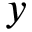
y